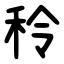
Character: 秢